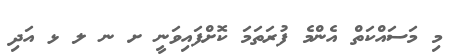
މި މަސައްކަތް އެންމެ ފުރަތަމަ ކޮށްފައިވަނީ ށ ނ ލ ޅ އަދި